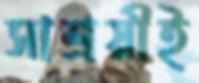
সাশ্রয়ীই